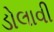
ડોલાવી